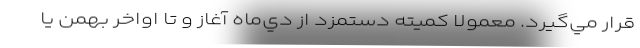
قرار مي‌گيرد. معمولا كميته دستمزد از دي‌ماه آغاز و تا اواخر بهمن يا